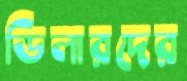
ডিলারদের